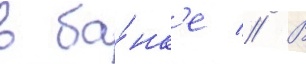
в ба́нк'е // В